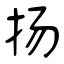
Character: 扬